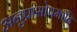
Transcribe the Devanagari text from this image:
अनुप्रासोपमादि